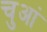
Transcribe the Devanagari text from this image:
चुआं